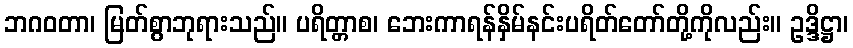
ဘဂဝတာ၊ မြတ်စွာဘုရားသည်။ ပရိတ္တာစ၊ ဘေးကာရန်နှိမ်နင်းပရိတ်တော်တို့ကိုလည်း။ ဥဒ္ဒိဋ္ဌာ၊